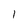
Character: 1